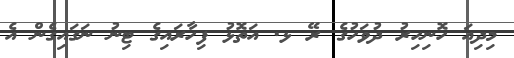
މިދިއަ ހޮނިހިރު ދުވަހުގެ ރޭ ޅ. އަތޮޅު ފިހާރައިގެ ޓިނު ނަގައިގެން އެ